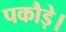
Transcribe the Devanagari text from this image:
पकौड़े।